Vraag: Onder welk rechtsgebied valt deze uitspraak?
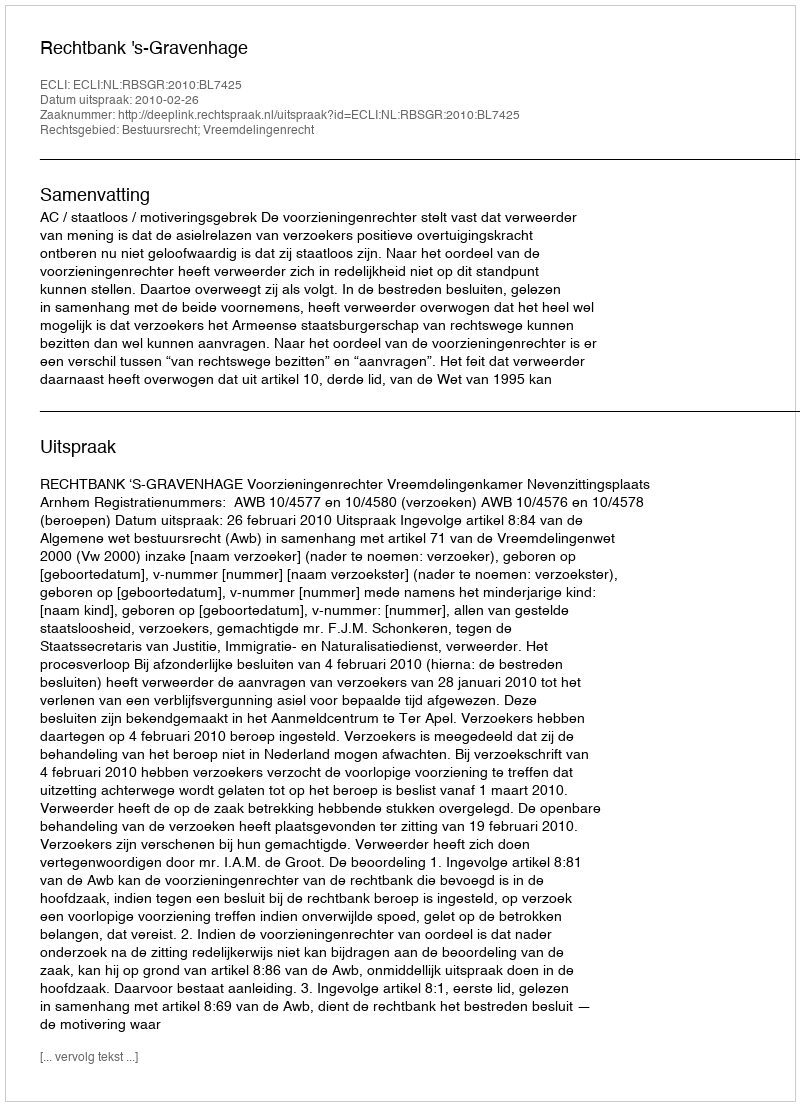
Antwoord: Bestuursrecht; Vreemdelingenrecht